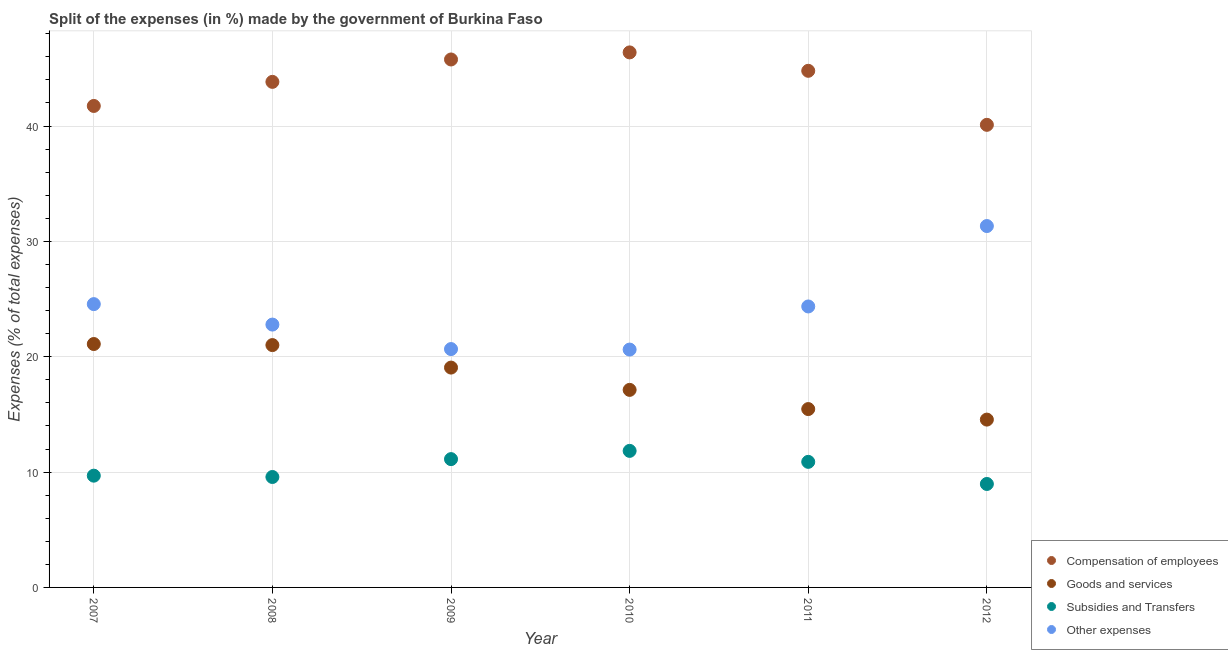
| Year | Compensation of employees | Goods and services | Subsidies and Transfers | Other expenses |
 | --- | --- | --- | --- | --- |
 | 2007 | 41.7 | 21.1 | 9.69 | 24.6 |
 | 2008 | 43.8 | 21 | 9.57 | 22.8 |
 | 2009 | 45.8 | 19.1 | 11.1 | 20.7 |
 | 2010 | 46.4 | 17.1 | 11.8 | 20.6 |
 | 2011 | 44.8 | 15.5 | 10.9 | 24.4 |
 | 2012 | 40.1 | 14.6 | 8.97 | 31.3 |